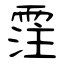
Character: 霔